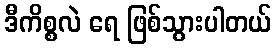
ဒီကိစ္စလဲ ရေ ဖြစ်သွားပါတယ်